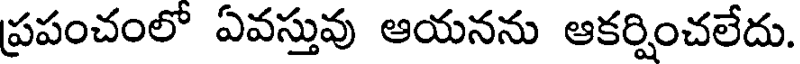
ప్రపంచంలో ఏవస్తువు ఆయనను ఆకర్షించలేదు.